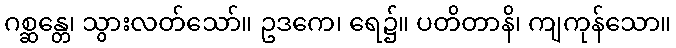
ဂစ္ဆန္တေ၊ သွားလတ်သော်။ ဥဒကေ၊ ရေ၌။ ပတိတာနိ၊ ကျကုန်သော။